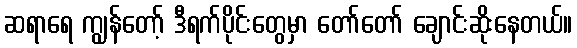
ဆရာရေ ကျွန်တော့် ဒီရက်ပိုင်းတွေမှာ တော်တော် ချောင်းဆိုးနေတယ်။